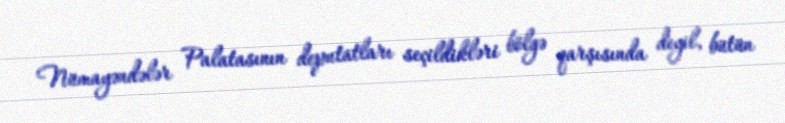
Nümayəndələr Palatasının deputatları seçildikləri bölgə qarşısında deyil, bütün